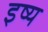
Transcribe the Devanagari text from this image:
इष्य